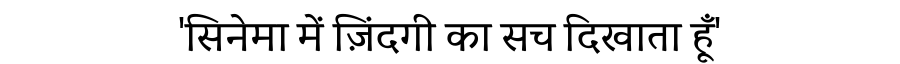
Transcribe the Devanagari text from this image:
'सिनेमा में ज़िंदगी का सच दिखाता हूँ'